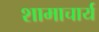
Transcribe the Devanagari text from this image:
शामाचार्य